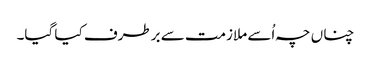
چناں چہ اُسے ملازمت سے برطرف کیا گیا۔